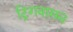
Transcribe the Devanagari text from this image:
ट्रिगवासन